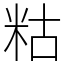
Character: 䊀